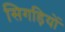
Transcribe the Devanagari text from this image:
सिगड़ियों